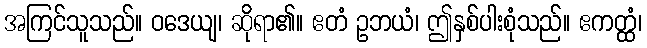
အကြင်သူသည်။ ဝဒေယျ၊ ဆိုရာ၏။ ဧတံ ဥဘယံ၊ ဤနှစ်ပါးစုံသည်။ ဧကတ္ထံ၊